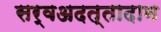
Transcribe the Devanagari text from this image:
सर्वअदत्तादान